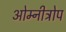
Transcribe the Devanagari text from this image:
ओम्नीट्रोप